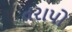
તરાપો